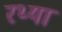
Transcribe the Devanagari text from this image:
रथ्या